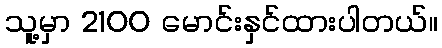
သူ့မှာ 2100 မောင်းနှင်ထားပါတယ်။